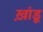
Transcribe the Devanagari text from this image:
ख़ांडू